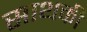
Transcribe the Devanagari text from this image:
साथकी